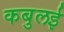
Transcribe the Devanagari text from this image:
कबुलई